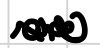
Text: are
Cross-out: zig-zag
Writing tool: digital_black